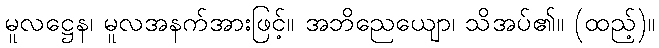
မူလဋ္ဌေန၊ မူလအနက်အားဖြင့်။ အဘိညေယျော၊ သိအပ်၏။ (ထည့်)။